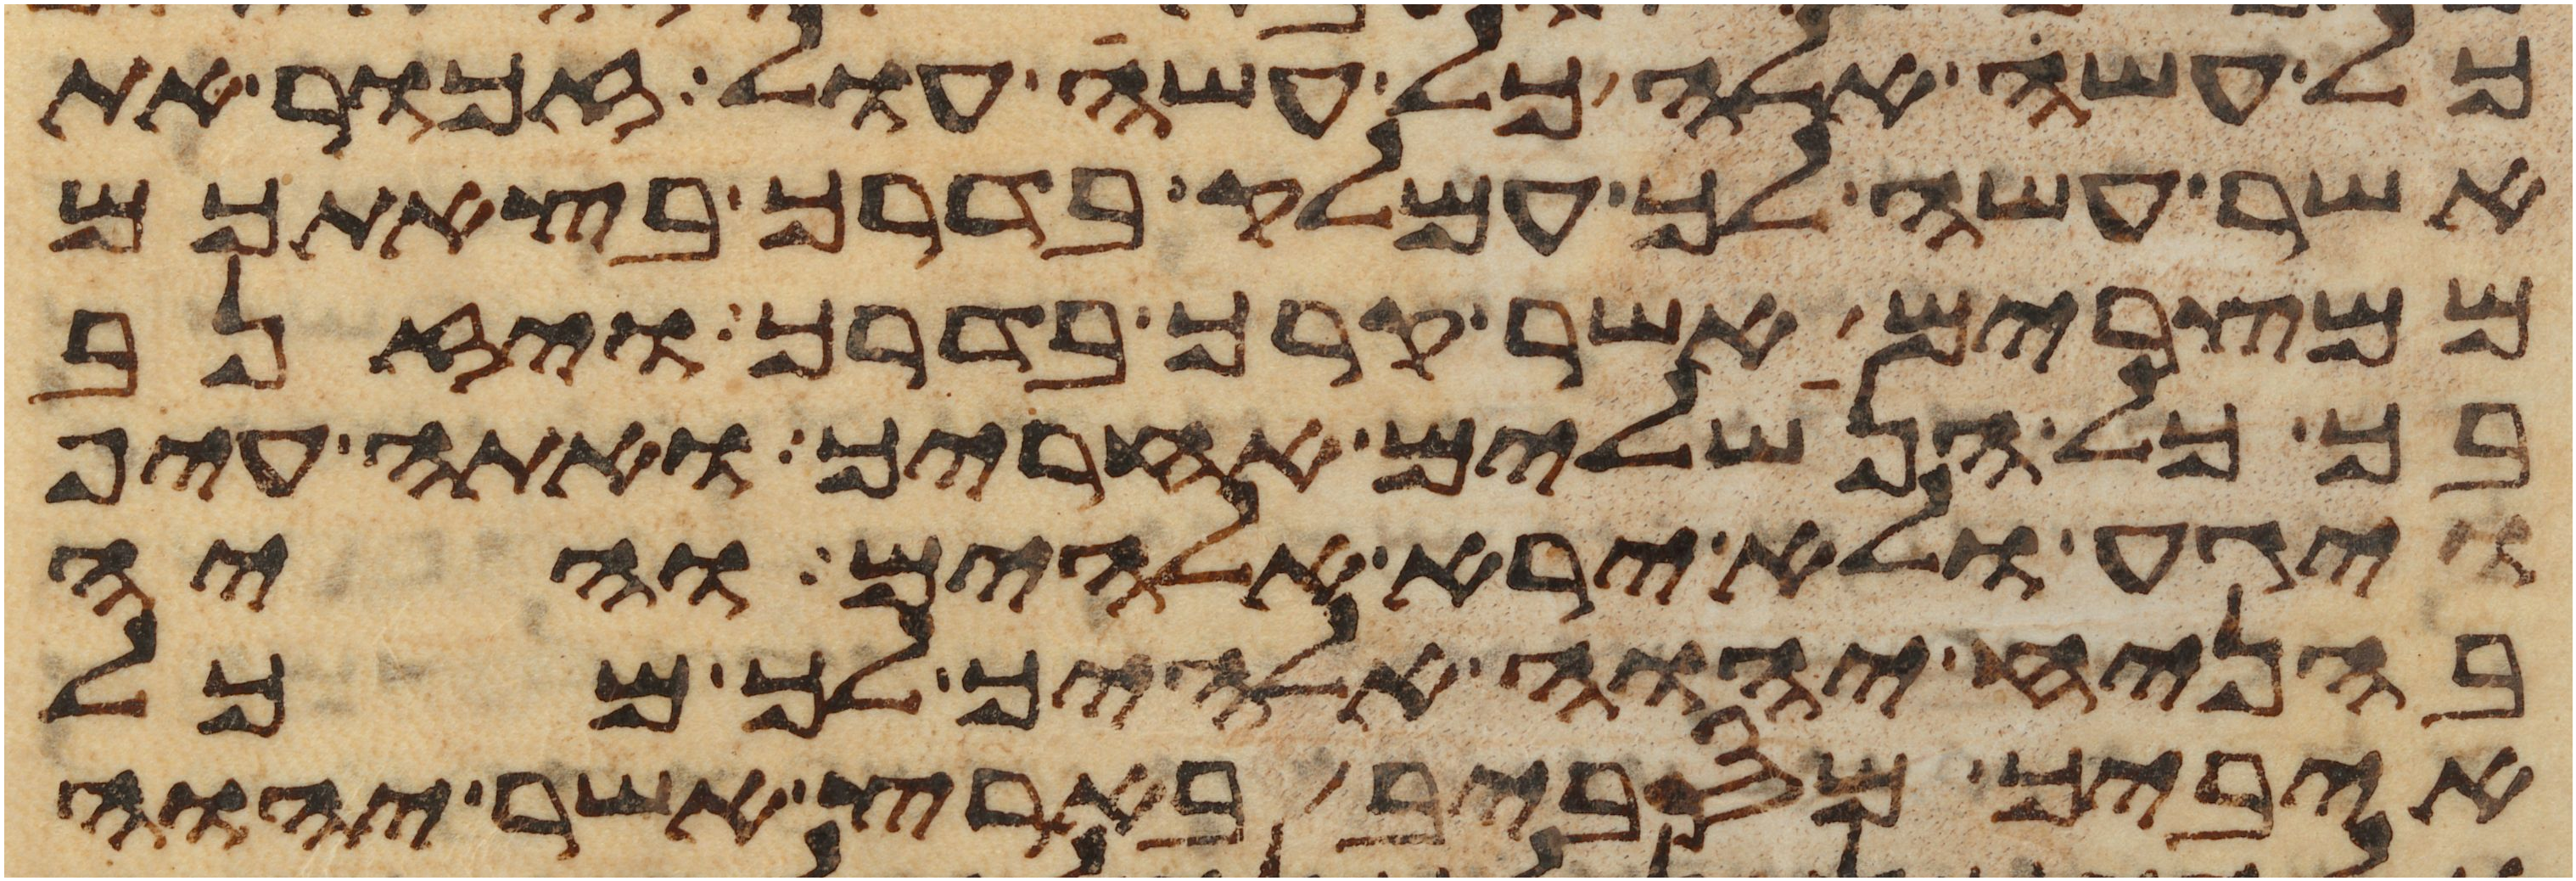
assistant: כל עשה אלה כל עשה עול זכור את
אשר עשה לך עמלק בדרך בצאתכם
ממצרים אשר קרך בדרך ויזנב
בך כל הנשלים אחריך ואתה עיף
ויגע ולא ירא אלהים והיה
בהניח יהוה אלהיך לך מכל
איביך מסביב בארץ אשר יהוה